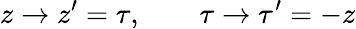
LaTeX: z\rightarrow z^{\prime}=\tau,\qquad\tau\rightarrow{\tau}^{\prime}=-z